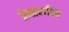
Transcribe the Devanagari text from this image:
प्रेमाधारित